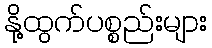
နို့ထွက်ပစ္စည်းများ